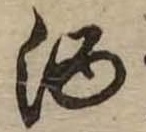
酒